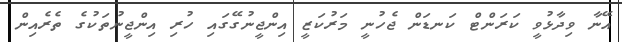
އޭނާ ވިދާޅުވީ ކަރަންޓް ކަނޑަން ޖެހުނީ މަރުކަޒީ އިންޖީނުގޭގައި ހުރި އިންޖީނުތަކުގެ ތެރެއިން